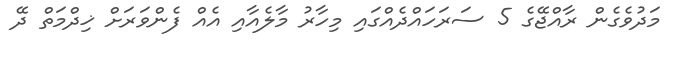
މަދުވެގެން ރާއްޖޭގެ 5 ސަރަހައްދެެއްގައި މިހާރު މާލެއާއި އެއް ފެންވަރަށް ޚިދްމަތް ދޭ